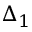
\Delta _ { 1 }